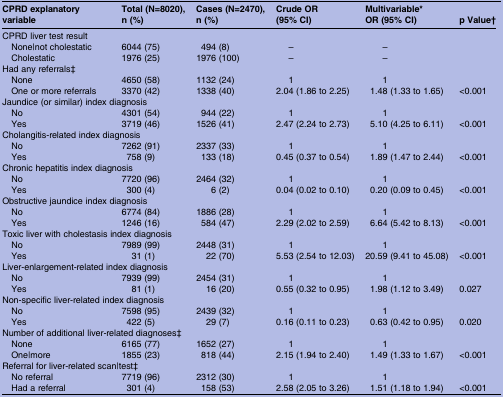
<table><thead><tr><td><b>CPRD explanatory variable</b></td><td><b>Total (N=8020), n (%)</b></td><td><b>Cases (N=2470), n (%)</b></td><td><b>Crude OR (95% CI)</b></td><td><b>Multivariable* OR (95% CI)</b></td><td><b>p Value†</b></td></tr></thead><tbody><tr><td colspan="6">CPRD liver test result</td></tr><tr><td> None|not cholestatic</td><td>6044 (75)</td><td>494 (8)</td><td>–</td><td>–</td><td></td></tr><tr><td> Cholestatic</td><td>1976 (25)</td><td>1976 (100)</td><td>–</td><td>–</td><td></td></tr><tr><td colspan="6">Had any referrals‡</td></tr><tr><td> None</td><td>4650 (58)</td><td>1132 (24)</td><td>1</td><td>1</td><td></td></tr><tr><td> One or more referrals</td><td>3370 (42)</td><td>1338 (40)</td><td>2.04 (1.86 to 2.25)</td><td>1.48 (1.33 to 1.65)</td><td>&lt;0.001</td></tr><tr><td colspan="6">Jaundice (or similar) index diagnosis</td></tr><tr><td> No</td><td>4301 (54)</td><td>944 (22)</td><td>1</td><td>1</td><td></td></tr><tr><td> Yes</td><td>3719 (46)</td><td>1526 (41)</td><td>2.47 (2.24 to 2.73)</td><td>5.10 (4.25 to 6.11)</td><td>&lt;0.001</td></tr><tr><td colspan="6">Cholangitis-related index diagnosis</td></tr><tr><td> No</td><td>7262 (91)</td><td>2337 (33)</td><td>1</td><td>1</td><td></td></tr><tr><td> Yes</td><td>758 (9)</td><td>133 (18)</td><td>0.45 (0.37 to 0.54)</td><td>1.89 (1.47 to 2.44)</td><td>&lt;0.001</td></tr><tr><td colspan="6">Chronic hepatitis index diagnosis</td></tr><tr><td> No</td><td>7720 (96)</td><td>2464 (32)</td><td>1</td><td>1</td><td></td></tr><tr><td> Yes</td><td>300 (4)</td><td>6 (2)</td><td>0.04 (0.02 to 0.10)</td><td>0.20 (0.09 to 0.45)</td><td>&lt;0.001</td></tr><tr><td colspan="6">Obstructive jaundice index diagnosis</td></tr><tr><td> No</td><td>6774 (84)</td><td>1886 (28)</td><td>1</td><td>1</td><td></td></tr><tr><td> Yes</td><td>1246 (16)</td><td>584 (47)</td><td>2.29 (2.02 to 2.59)</td><td>6.64 (5.42 to 8.13)</td><td>&lt;0.001</td></tr><tr><td colspan="6">Toxic liver with cholestasis index diagnosis</td></tr><tr><td> No</td><td>7989 (99)</td><td>2448 (31)</td><td>1</td><td>1</td><td></td></tr><tr><td> Yes</td><td>31 (1)</td><td>22 (70)</td><td>5.53 (2.54 to 12.03)</td><td>20.59 (9.41 to 45.08)</td><td>&lt;0.001</td></tr><tr><td colspan="6">Liver-enlargement-related index diagnosis</td></tr><tr><td> No</td><td>7939 (99)</td><td>2454 (31)</td><td>1</td><td>1</td><td></td></tr><tr><td> Yes</td><td>81 (1)</td><td>16 (20)</td><td>0.55 (0.32 to 0.95)</td><td>1.98 (1.12 to 3.49)</td><td>0.027</td></tr><tr><td colspan="6">Non-specific liver-related index diagnosis</td></tr><tr><td> No</td><td>7598 (95)</td><td>2439 (32)</td><td>1</td><td>1</td><td></td></tr><tr><td> Yes</td><td>422 (5)</td><td>29 (7)</td><td>0.16 (0.11 to 0.23)</td><td>0.63 (0.42 to 0.95)</td><td>0.020</td></tr><tr><td colspan="6">Number of additional liver-related diagnoses‡</td></tr><tr><td> None</td><td>6165 (77)</td><td>1652 (27)</td><td>1</td><td>1</td><td></td></tr><tr><td> One|more</td><td>1855 (23)</td><td>818 (44)</td><td>2.15 (1.94 to 2.40)</td><td>1.49 (1.33 to 1.67)</td><td>&lt;0.001</td></tr><tr><td colspan="6">Referral for liver-related scan|test‡</td></tr><tr><td> No referral</td><td>7719 (96)</td><td>2312 (30)</td><td>1</td><td>1</td><td></td></tr><tr><td> Had a referral</td><td>301 (4)</td><td>158 (53)</td><td>2.58 (2.05 to 3.26)</td><td>1.51 (1.18 to 1.94)</td><td>&lt;0.001</td></tr></tbody></table>